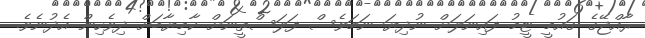
ރާއްޖޭގެ ގައުމީ ޓީމު ފައިނަލަށް ނުދިޔަ ނަމަވެސް ފަލަސްތީނަށް ކާމިޔާބަށް ދިވެހިން އެދުނެވެ.